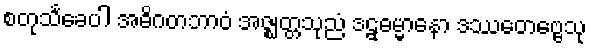
စတုသင်္ခေပါ အဓိဂတဘာဝံ အဇ္ဈတ္တသုညံ ဒဠှဓမ္မာနော ဒဿေတဗ္ဗေသု